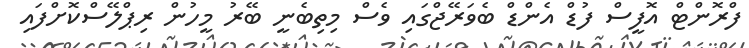
ފްރޮންޓް އޮފީސް ފުޑް އެންޑް ބެވަރޭޖްގައި ވެސް މިތިބެނީ ބޭރު މީހުން ރިޕްލޭސްކޮށްފައި